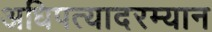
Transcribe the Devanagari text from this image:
अधिपत्यादरम्यान